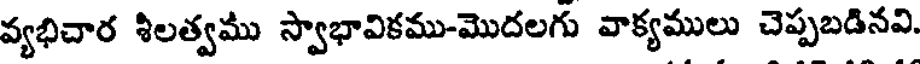
వ్యభిచార శిలత్వము స్వాభావికము-మొదలగు వాక్యములు చెప్పబడినవి